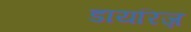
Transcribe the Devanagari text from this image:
डायरिज़